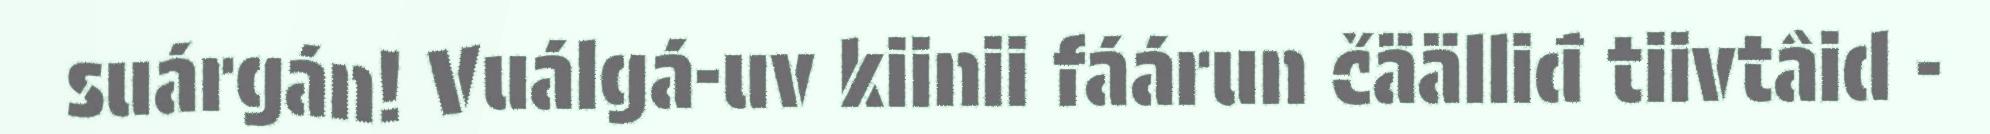
suárgán! Vuálgá-uv kiinii fáárun čäälliđ tiivtâid -